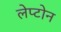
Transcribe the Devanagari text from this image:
लेप्टोन